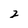
Character: 2